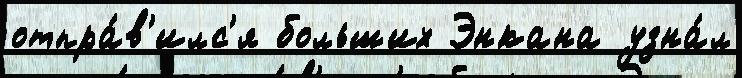
отпра́в'илс'я больших Энкана узна́л